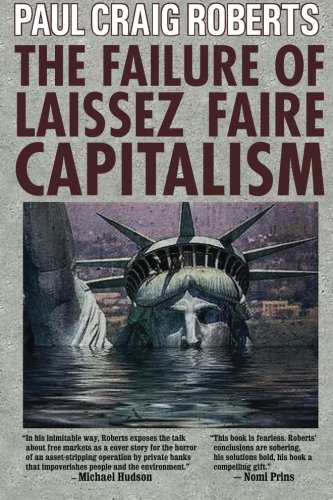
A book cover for The Failure of Laissez Faire Capitalism; Paul Craig Roberts; Business & Money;